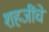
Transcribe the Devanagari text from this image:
शहजींचे